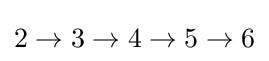
2\to 3\to 4\to 5\to 6